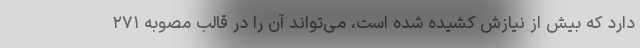
دارد که بیش از نیازش کشیده شده است، می‌تواند آن را در قالب مصوبه ۲۷۱